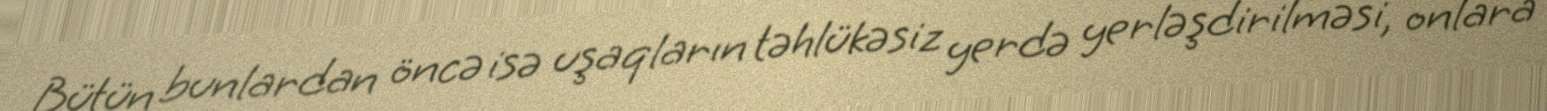
Bütün bunlardan öncə isə uşaqların təhlükəsiz yerdə yerləşdirilməsi, onlara